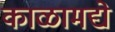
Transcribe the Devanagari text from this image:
काळामद्ये